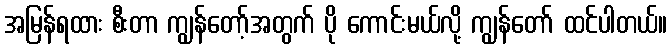
အမြန်ရထား စီးတာ ကျွန်တော့်အတွက် ပို ကောင်းမယ်လို့ ကျွန်တော် ထင်ပါတယ်။